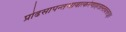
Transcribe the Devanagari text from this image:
प्रोढसापन्तभावात्करेणाहतास्तवत्तरङ्गा